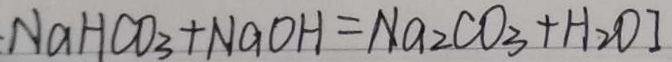
N a H C O _ { 3 } + N a O H = N a _ { 2 } C O _ { 3 } + H _ { 2 } O I